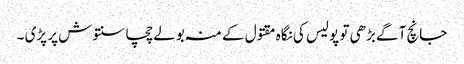
جانچ آگے بڑھی تو پولیس کی نگاہ مقتول کے منہ بولے چچا سنتوش پر پڑی ۔